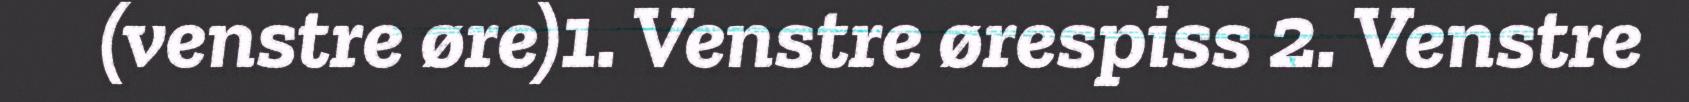
(venstre øre)1. Venstre ørespiss 2. Venstre